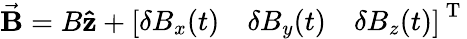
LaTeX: \vec{\mathbf{B}}=B\mathbf{\hat{z}}+\left[\begin{array}{lll}{\delta B_{x}(t)}&{\delta B_{y}(t)}&{\delta B_{z}(t)}\end{array}\right]^{\mathrm{~T~}}